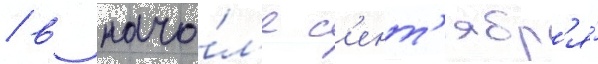
/ в нача́л'е с'ент'ябр'я́